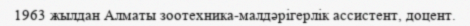
1963 жылдан Алматы зоотехника-малдәрігерлік ассистент, доцент.